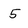
Character: 5